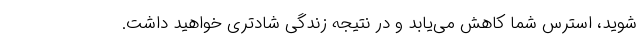
‌شوید، استرس شما کاهش می‌یابد و در نتیجه زندگی شادتری خواهید داشت.